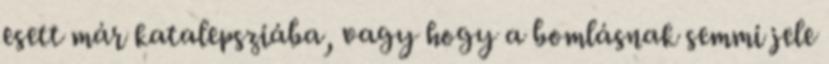
esett már katalepsziába, vagy hogy a bomlásnak semmi jele